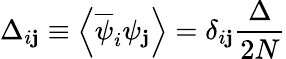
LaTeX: \Delta_{i\mathbf{j}}\equiv\left\langle\overline{{{{\psi}}}}_{i}\psi_{\mathbf{j}}\right\rangle=\delta_{i\mathbf{j}}\frac{{\Delta}}{{2N}}